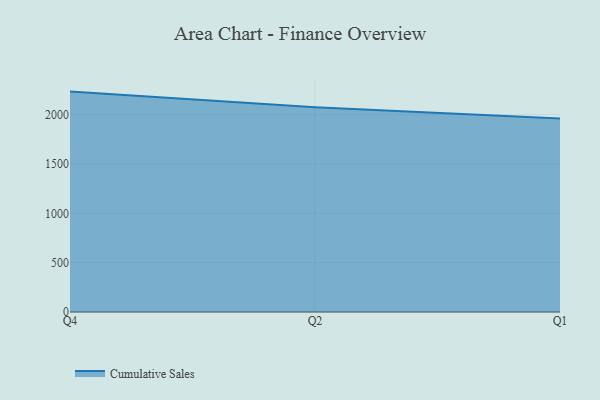
{"axis": {"x": "Quarter", "y": "Operating Costs (USD K)"}, "legend": ["Cumulative Sales"], "data": [{"x": "Q4", "y": 2233.2, "type": "Cumulative Sales"}, {"x": "Q2", "y": 2074.1, "type": "Cumulative Sales"}, {"x": "Q1", "y": 1959.6, "type": "Cumulative Sales"}]}